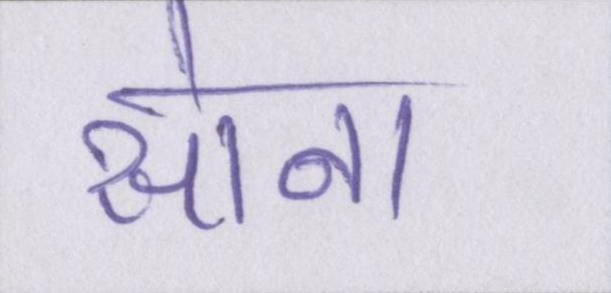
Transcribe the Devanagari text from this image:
सोना